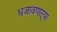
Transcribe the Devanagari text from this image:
धजावणाऱ्या